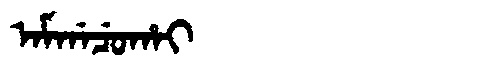
Manchu: ᠠᠮᡤᠠᠴᡠᡥᠠᡳ
Romanization: AMGACUHAI